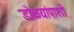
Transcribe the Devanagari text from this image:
डोळ्यांपाशी